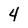
Character: 4